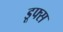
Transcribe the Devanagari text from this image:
डूफ्स